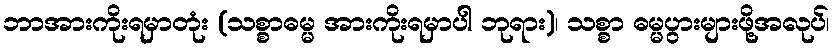
ဘာအားကိုးရမှာတုံး (သစ္စာဓမ္မ အားကိုးရမှာပါ ဘုရား)၊ သစ္စာ ဓမ္မပွားများဖို့အလုပ်၊